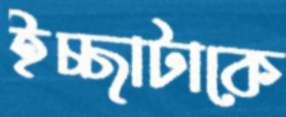
ইচ্ছাটাকে